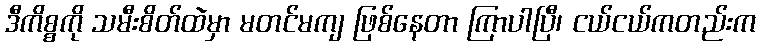
ဒီကိစ္စကို သမီးစိတ်ထဲမှာ မတင်မကျ ဖြစ်နေတာ ကြာပါပြီ၊ ငယ်ငယ်ကတည်းက